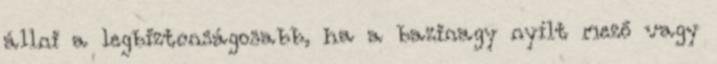
állni a legbiztonságosabb, ha a bazinagy nyílt mező vagy